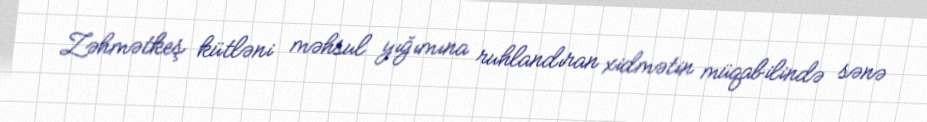
Zəhmətkeş kütləni məhsul yığımına ruhlandıran xidmətin müqabilində sənə